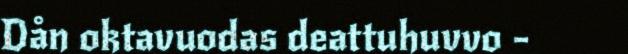
Dån oktavuodas deattuhuvvo -